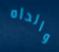
والداه